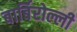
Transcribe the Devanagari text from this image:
बार्बिरोल्ली